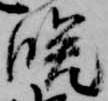
晩